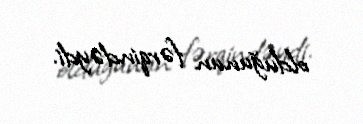
olduğunun fərqindəydi.